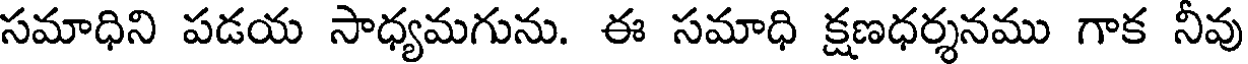
సమాధిని పడయ సాధ్యమగును. ఈ సమాధి క్షణధర్శనము గాక నీవు